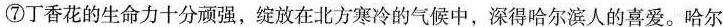
⑦丁香花的生命力十分顽强，绽放在北方寒冷的气候中，深得哈尔